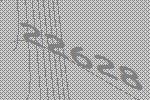
22628